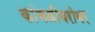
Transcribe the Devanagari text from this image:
कांबळीबरोबर